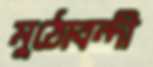
মুঠোবন্দী